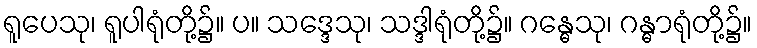
ရူပေသု၊ ရူပါရုံတို့၌။ ပ။ သဒ္ဒေသု၊ သဒ္ဒါရုံတို့၌။ ဂန္ဓေသု၊ ဂန္ဓာရုံတို့၌။